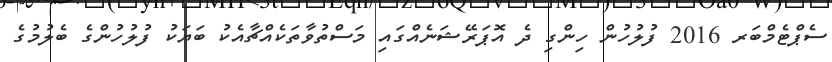
ސެޕްޓެމްބަރ 2016 ފުލުހުން ހިންގި ދެ އޮޕަރޭޝަނެއްގައި މަސްތުވާތަކެއްޗާއެކު ބަޔަކު ފުލުހުންގެ ބެލުމުގެ